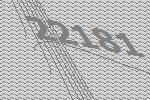
22181